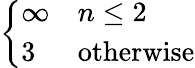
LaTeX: \left\{ {\begin{array}{ll}{\infty}&{n\leq 2}\\ {3}&{{\mathrm{otherwise}}}\end{array}}\right.